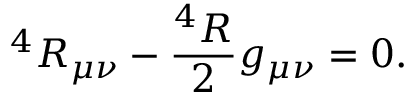
^ 4 { \cal R } _ { \mu \nu } - \frac { ^ 4 { \cal R } } { 2 } g _ { \mu \nu } = 0 .